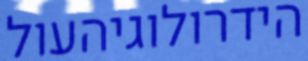
הידרולוגיהעול